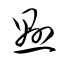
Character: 懸